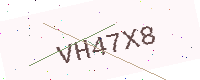
Text: VH47X8